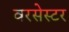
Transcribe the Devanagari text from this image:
वरसेस्टर